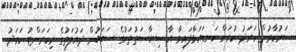
ސަރުކާރުން ހަރަދު ކުރަން ކަނޑައަޅާފައިވާ އާ ސިޔާސަތުތަކުގެ ސަބަބުން ދައުލަތުގެ ރިކަރަންޓު ހަރަދު